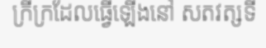
ក្រីក្រដែលធ្វើឡើងនៅ សតវត្សទី